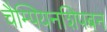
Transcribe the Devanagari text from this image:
चैम्पियनशिपबन